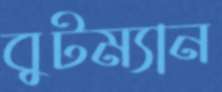
বুটম্যান